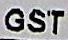
GST